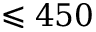
\leqslant 4 5 0